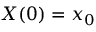
X ( 0 ) = x _ { 0 }